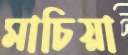
মাচিয়া